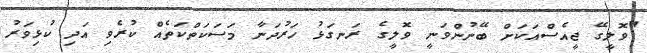
"ވޮލީގޭ ޖީއެސްއަކަށް ބޭނުންވަނީ ވޮލީގެ ރަނގަޅު ހަރުދަނާ މަސަކަތްކަތެއް ކުރެވި އަދި ކުޅިވަރު